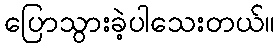
ပြောသွားခဲ့ပါသေးတယ်။